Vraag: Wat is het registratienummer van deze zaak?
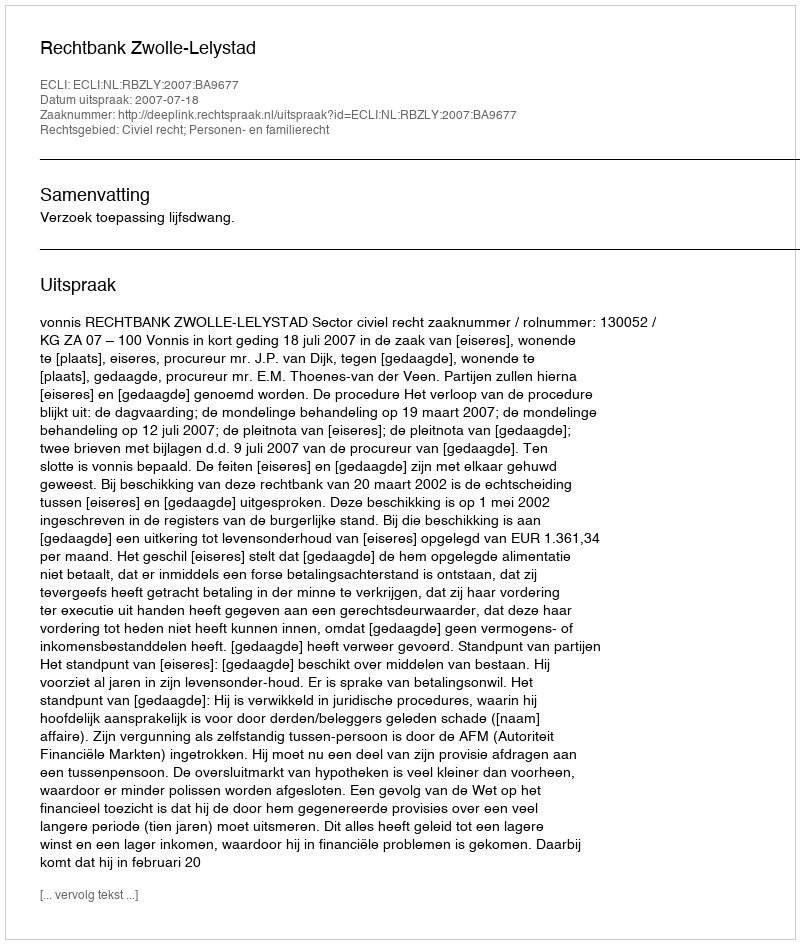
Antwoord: http://deeplink.rechtspraak.nl/uitspraak?id=ECLI:NL:RBZLY:2007:BA9677